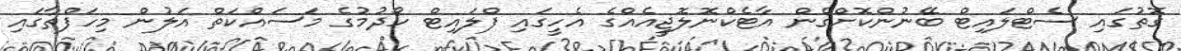
ގޮތުގައި ސެޓްލައިޓް ބޭނުންކޮށްގެން އާޓެކްނޮލޮޖީއެއްގެ އެހީގައި ފްލައިޓް ހޯދުމުގެ މަސައްކަތް އަލުން މިހަފްތާގައި